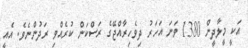
އަކީ މީލާދީން 1380 ވަނަ އަހަރު ދިވެހިރާއްޖޭގެ ރަސްކަން ކުރެއްވި ރަދުންނެވެ. އެއީ